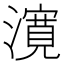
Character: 𭳈